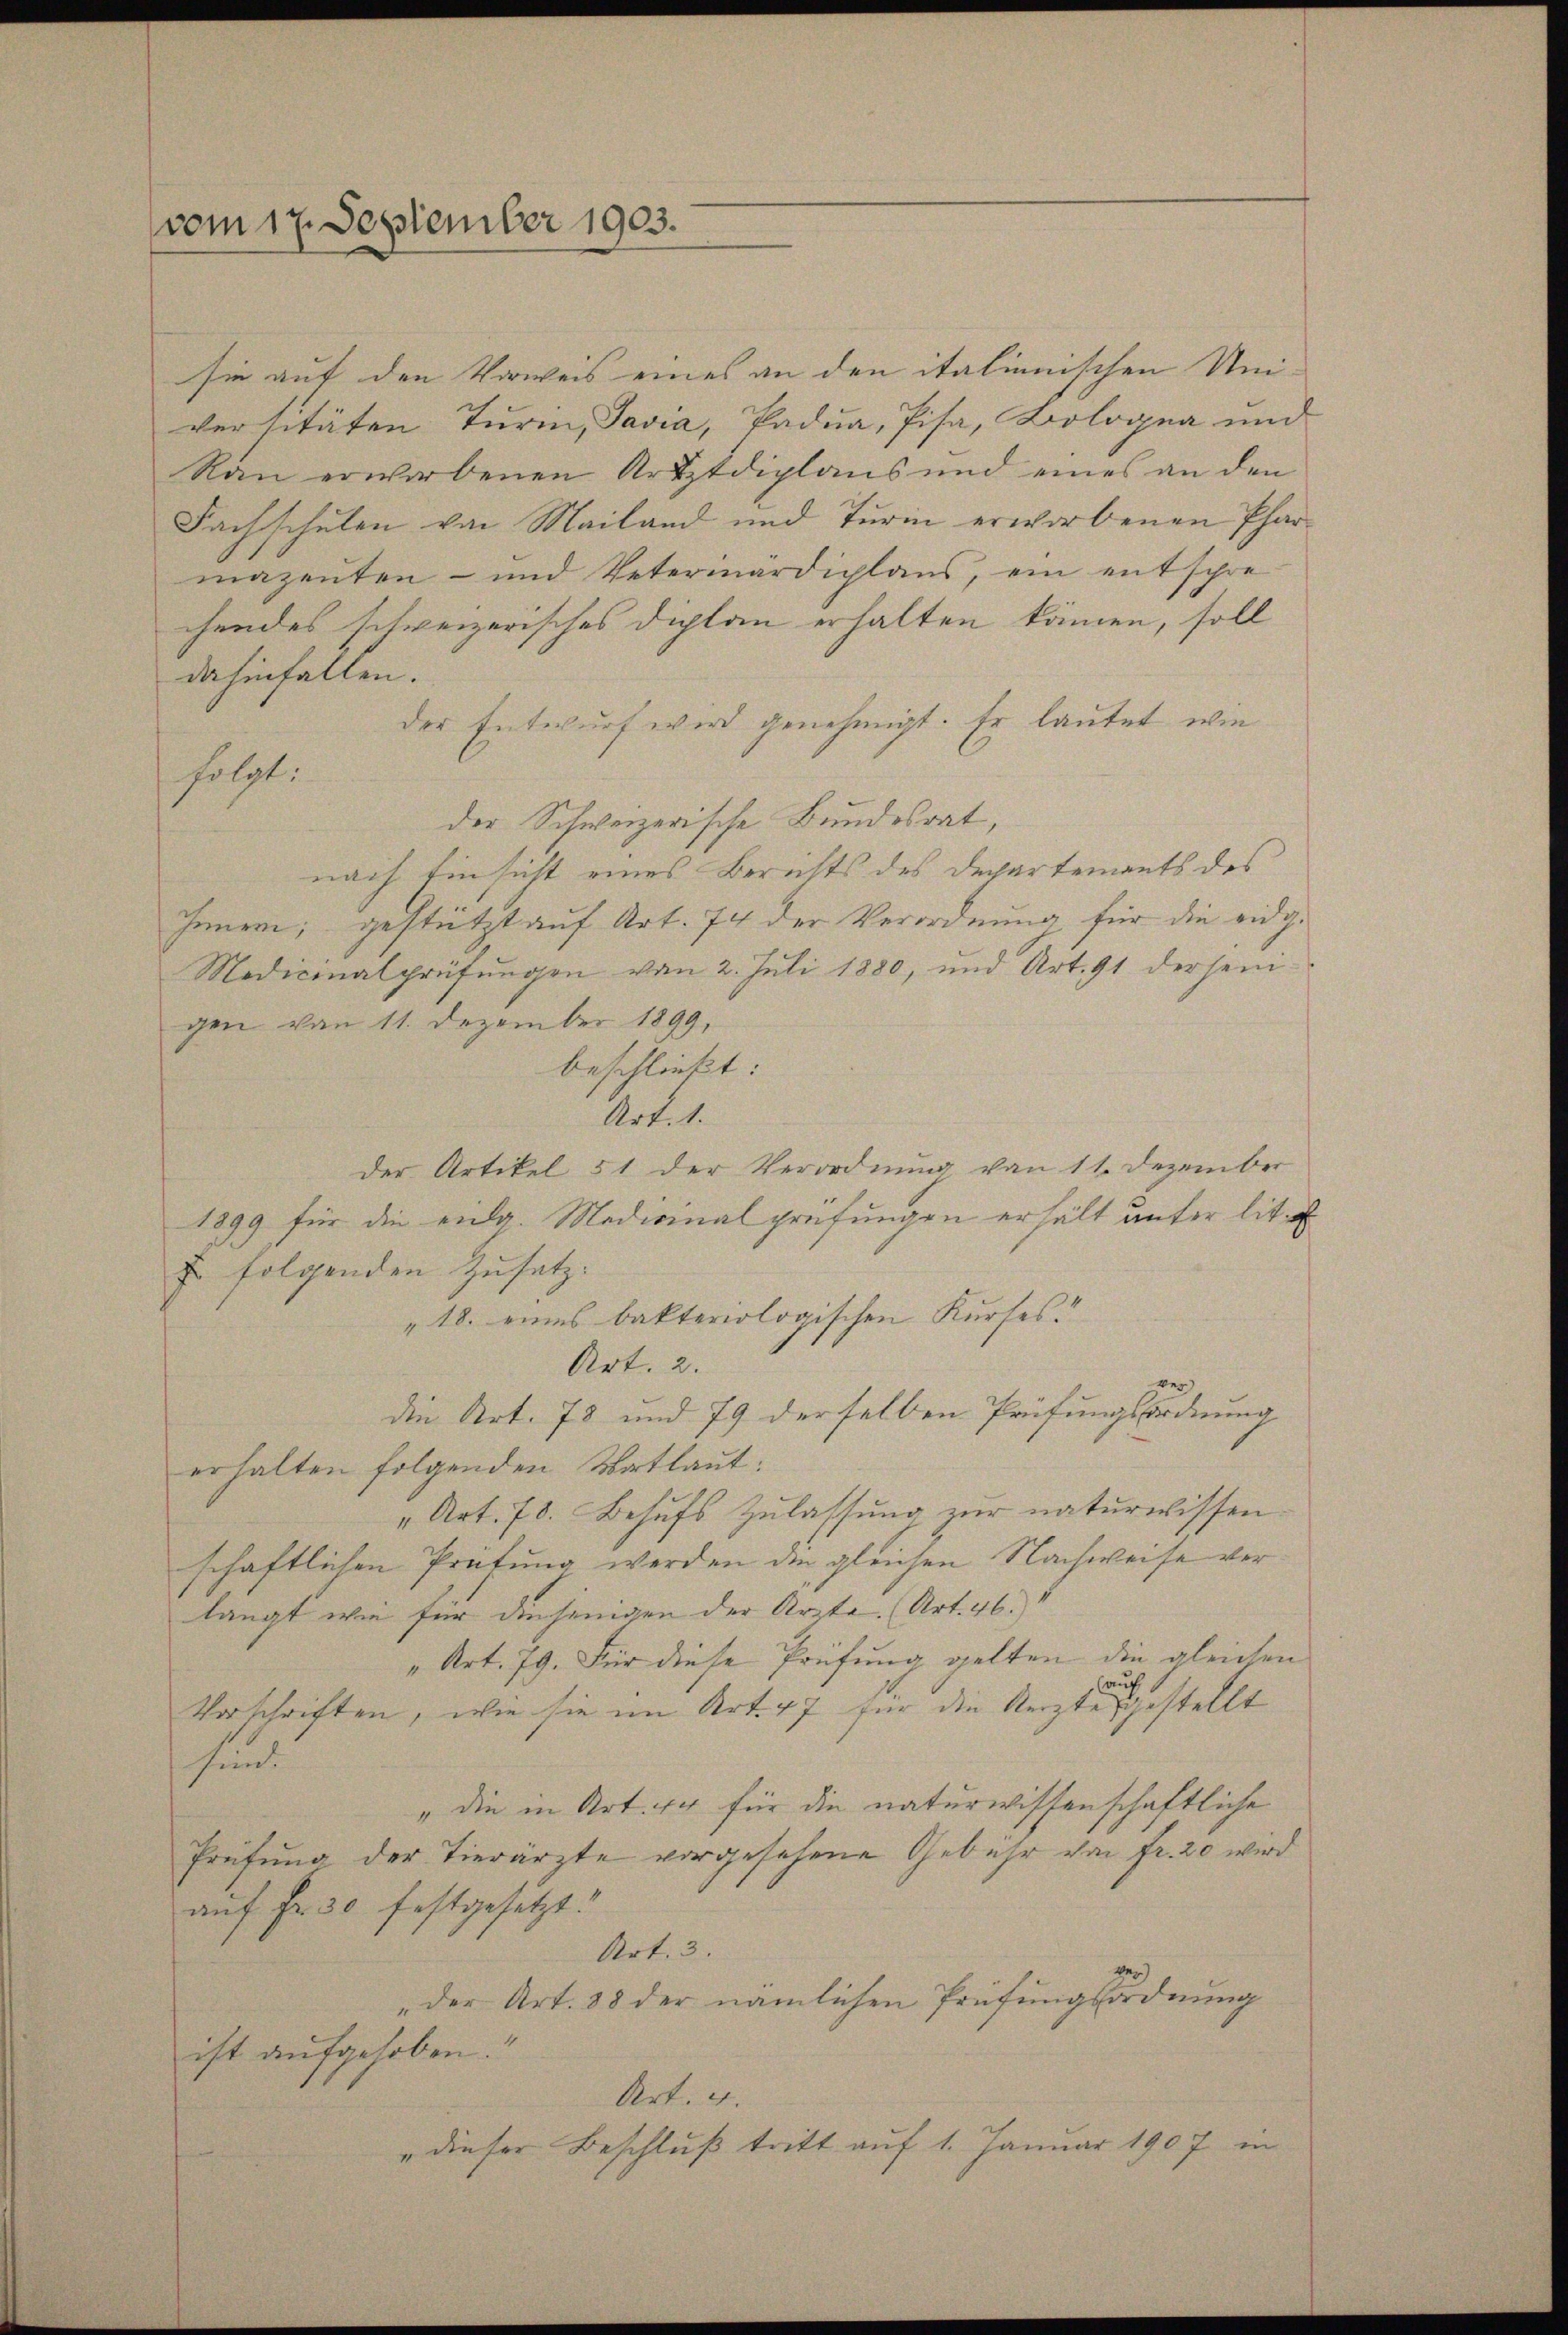
(vom 17. September 1903.

sie auf den Vorweis eines an den italienischen Uni-
versitäten Turin, Javia, Padua, Pisa, Bologna und
Rau erworbenen Artztdiplaus und eines an den
Fachschulen von Mailand und Turin erworbenen Pharmazenten- und Vetermardiplans, ein entschre
chendes schweizerisches Diplan erhalten können, soll
dahinfallen.
der Entwurf wird genehmigt. Er lautet, wie
folgt:
der Schweizerische Bundesrat,
nach Einsicht eines Berichts des Departements des
Innern; gestützt auf Art. 74 der Verordnung für die eidg.
Medicinalprüfungen von 2. Juli 1880, und Art. 91 derjenigen von 11. Dezember 1899,
beschließt:
Art. 1.
der Artikel 51 der Verordnung von 11. Dezember
1899 für die eidg. Medizinalprüfungen erhält unter lit.
f folgenden Zusatz.
"18. eines bakteriologischen Kurses.
Art. 2.
die Art. 78 und 79 derselben Prüfungsordnung
erhalten folgenden Wortlaut:
" Art. 78. Behufs Zulassung zur naturwissen
schaftlichen Prüfung werden die gleichen Nachweise verlangt wie für diejenigen der Arzte. (Art. 46.
„Art. 79. Für diese Prüfung gelten die gleichen
auf
Vorschriften, wie sie im Art. 47 für die Aerztes gestellt
hund
"die in Art. 44 für die naturwissenschaftliche
Prüfung der Tierärzte vorgesehene Gebühr von Fr. 20 wird
auf Fr. 30 festgesetzt.
Art. 3.
„der Art. 38 der nämlichen Prüfungsordnung
ist aufgehoben.
Art. 4.
" dieser Beschluß tritt auf 1. Januar 1907 in